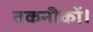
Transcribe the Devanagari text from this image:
तकनीकों।